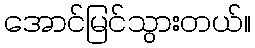
အောင်မြင်သွားတယ်။